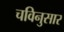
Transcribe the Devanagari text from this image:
चविनुसार